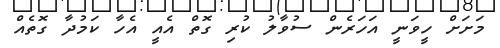
މަށަށް ހީވަނީ އަހަރެން ސުވާލު ކުރި ގޮތް އެއީ އެހާ ކަމުދާ ގޮތެއް